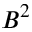
B ^ { 2 }